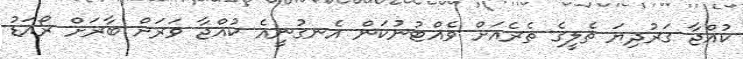
ކުއްޖާ ގަރުދިޔަ ތެލީގެ ތެރެއަށް ވެއްޓުނުކަން އެނގުނީއެ ކުއްޖާ ވަރަށް ބާރަށް ރޯއަޑު